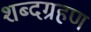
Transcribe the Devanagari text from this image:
शब्दग्रहण